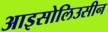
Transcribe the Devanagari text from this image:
आइसोलिउसीन